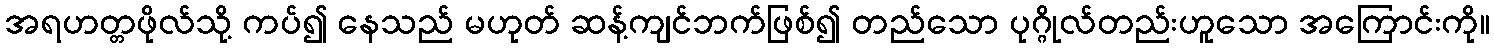
အရဟတ္တဖိုလ်သို့ ကပ်၍ နေသည် မဟုတ် ဆန့်ကျင်ဘက်ဖြစ်၍ တည်သော ပုဂ္ဂိုလ်တည်းဟူသော အကြောင်းကို။